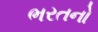
ભરતનો